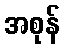
အစုန်